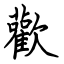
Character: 歡